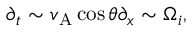
\partial _ { t } \sim v _ { \mathrm { A } } \cos \theta \partial _ { x } \sim \Omega _ { i } ,